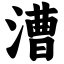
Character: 漕